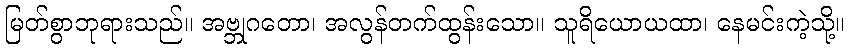
မြတ်စွာဘုရားသည်။ အဗ္ဘုဂတော၊ အလွန်တက်ထွန်းသော။ သူရိယောယထာ၊ နေမင်းကဲ့သို့။